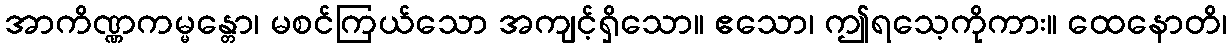
အာကိဏ္ဏကမ္မန္တော၊ မစင်ကြယ်သော အကျင့်ရှိသော။ ဧသော၊ ဤရသေ့ကိုကား။ ထေနောတိ၊